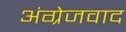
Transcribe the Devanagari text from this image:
अंग्रेजवाद